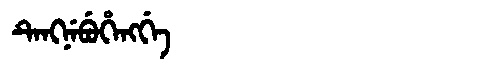
Manchu: ᡨᡝᠩᠨᡝᠪᡠᡥᡝᠩᡤᡝ
Romanization: TENGNEBUHENGGE